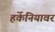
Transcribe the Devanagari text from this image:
हर्केनियावर